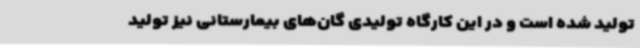
تولید شده است و در این کارگاه تولیدی گان‌های بیمارستانی نیز تولید